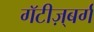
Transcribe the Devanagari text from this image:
गॅटीज़्बर्ग